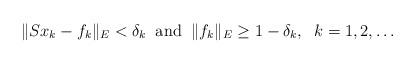
LaTeX: \begin{align*}\|Sx_k-f_k\|_E<\delta_k\;\;\mbox{and}\;\;\|f_k\|_E\ge 1-\delta_k,\;\;k=1,2,\dots\end{align*}